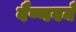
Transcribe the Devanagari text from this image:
वैष्णवनँ